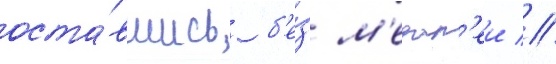
оста́вшись б'е́з м'едал'еи //